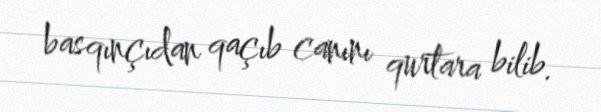
basqınçıdan qaçıb canını qurtara bilib.